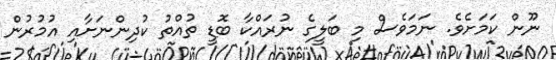
ނޫން ކަމަށެވެ. ނަމަވެސް މި ބަލީގެ ނުރައްކާ ބޮޑީ ތުއްތު ކުދިންނަށާއި އުމުރުން